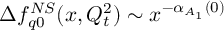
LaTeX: \Delta f _ { q 0 } ^ { N S } ( x , Q _ { t } ^ { 2 } ) \sim x ^ { - \alpha _ { A _ { 1 } } ( 0 ) }